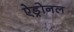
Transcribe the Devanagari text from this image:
ऐड्रोनल